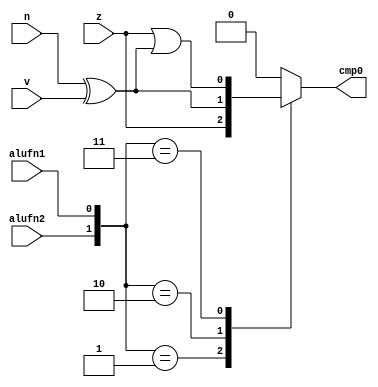
/*
   This file was generated automatically by Alchitry Labs version 1.2.1.
   Do not edit this file directly. Instead edit the original Lucid source.
   This is a temporary file and any changes made to it will be destroyed.
*/

module compare16_20 (
    input alufn2,
    input alufn1,
    input z,
    input v,
    input n,
    output reg cmp0
  );
  
  
  
  always @* begin
    
    case ({alufn2, alufn1})
      2'h1: begin
        cmp0 = z;
      end
      2'h2: begin
        cmp0 = (n ^ v);
      end
      2'h3: begin
        cmp0 = z | (n ^ v);
      end
      default: begin
        cmp0 = 1'h0;
      end
    endcase
  end
endmodule